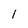
Character: 1